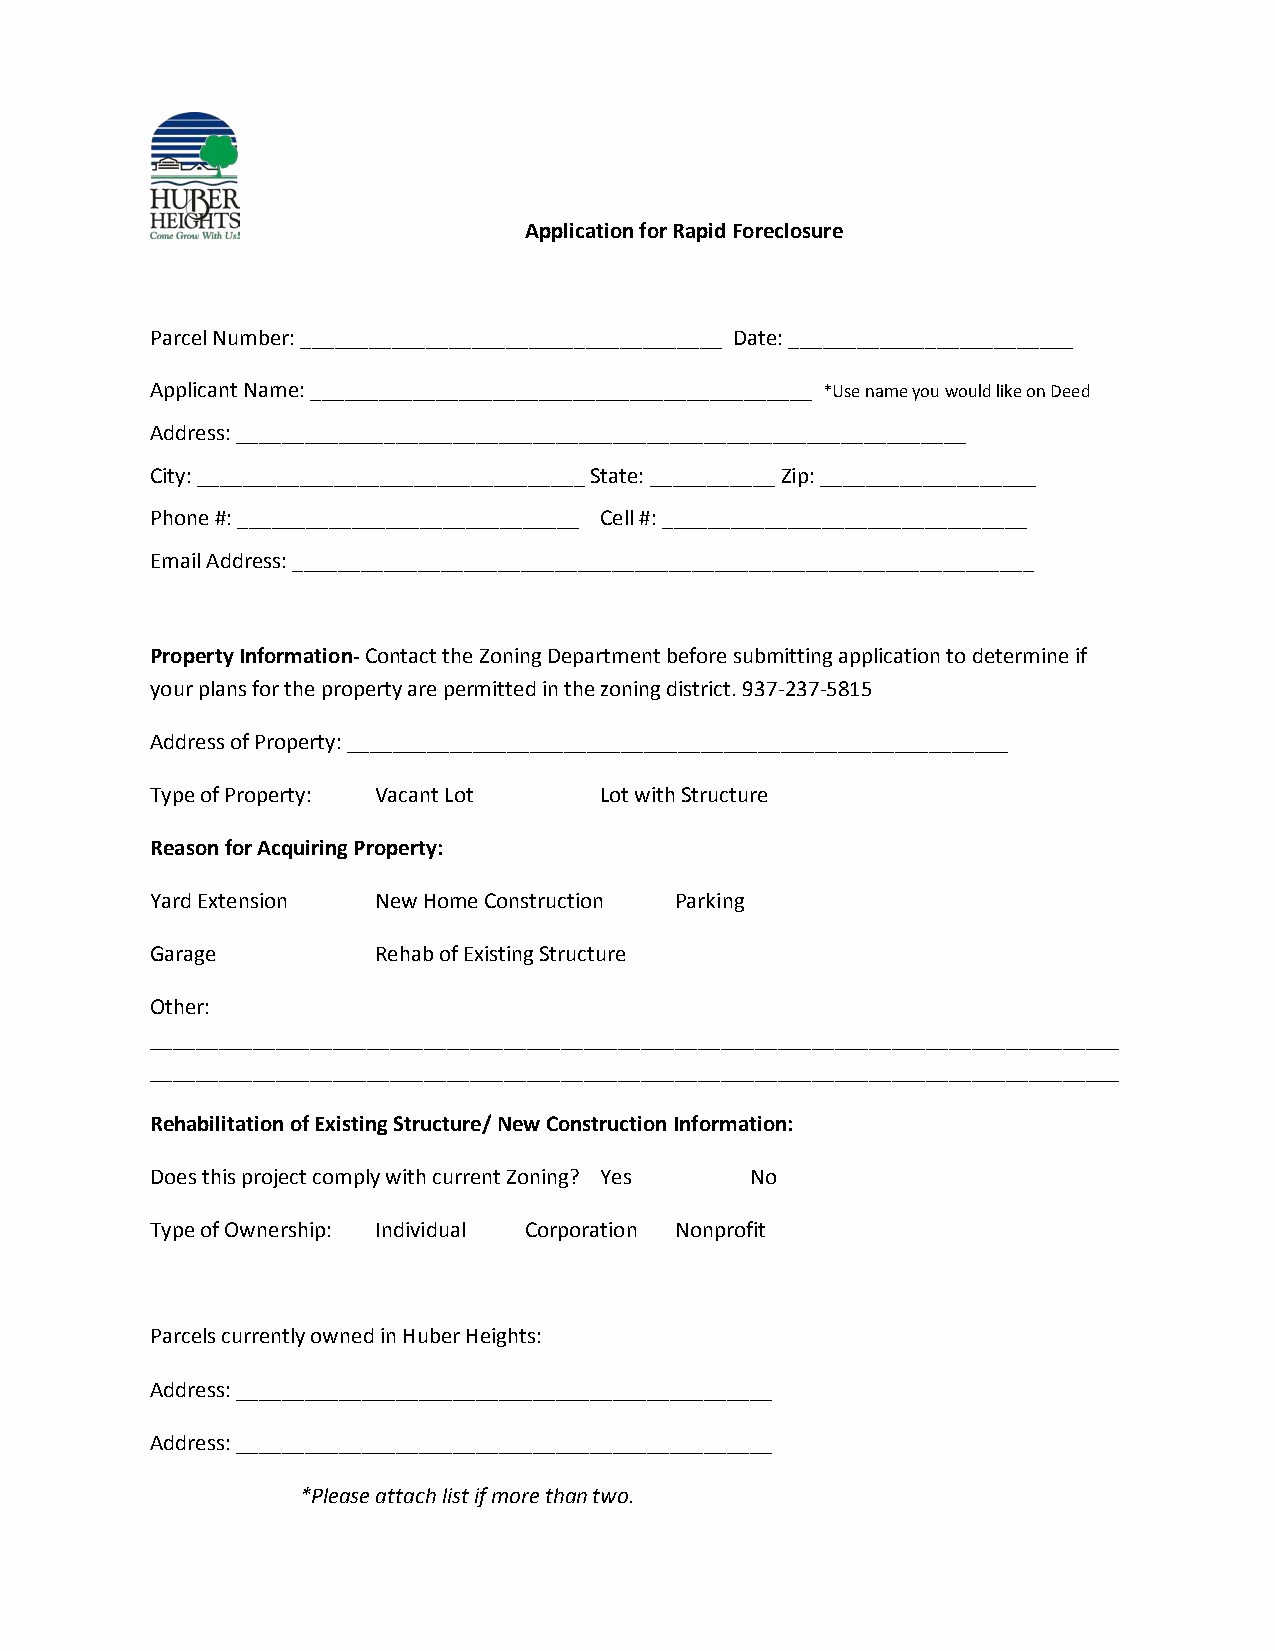
Application for Rapid Foreclosure
 Parcel Number: _____________________________________ Date: _________________________
 Applicant Name: ____________________________________________ *Use name you would like on Deed
 Address: ________________________________________________________________
 City: __________________________________ State: ___________ Zip: ___________________
 Phone #: ______________________________ Cell #: ________________________________
 Email Address: _________________________________________________________________
 Property Information- Contact the Zoning Department before submitting application to determine if
 your plans for the property are permitted in the zoning district. 937-237-5815
 Address of Property: __________________________________________________________
 Type of Property: Vacant Lot  Lot with Structure
 Reason for Acquiring Property:
 Yard Extension New Home Construction Parking
 Garage         Rehab of Existing Structure
 Other:
 _____________________________________________________________________________________
 _____________________________________________________________________________________
 Rehabilitation of Existing Structure/ New Construction Information:
 Does this project comply with current Zoning? Yes No
 Type of Ownership: Individual Corporation Nonprofit
 Parcels currently owned in Huber Heights:
 Address: _______________________________________________
 Address: _______________________________________________
 *Please attach list if more than two.